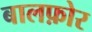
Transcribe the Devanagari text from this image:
बालफ़ोर